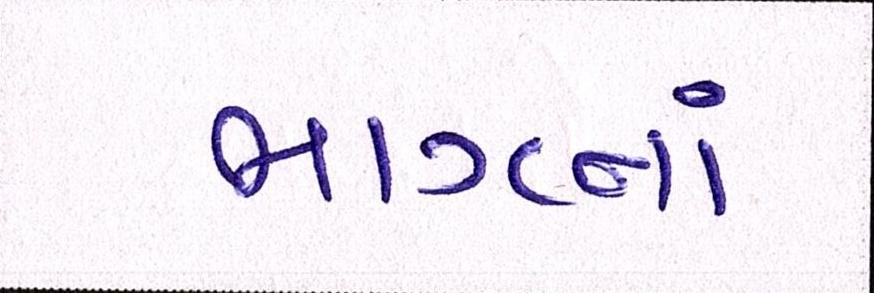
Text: ભાગનાં